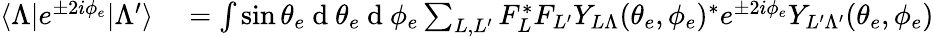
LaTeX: \begin{array}{rl}{\langle\Lambda|e^{\pm 2i\phi_{e}}|\Lambda^{\prime}\rangle}&{{}=\int\sin{\theta_{e}}\mathrm{~d~}\theta_{e}\mathrm{~d~}\phi_{e}\sum_{L,L^{\prime}}F_{L}^{*}F_{L^{\prime}}Y_{L\Lambda}(\theta_{e},\phi_{e})^{*}e^{\pm 2i\phi_{e}}Y_{L^{\prime}\Lambda^{\prime}}(\theta_{e},\phi_{e})}\end{array}